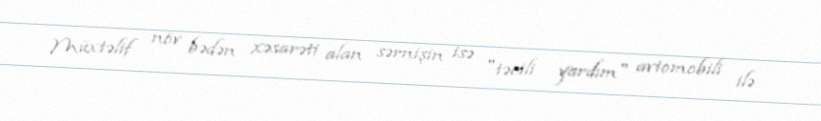
Müxtəlif növ bədən xəsarəti alan sərnişin isə "təcili yardım" avtomobili ilə